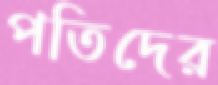
পতিদের